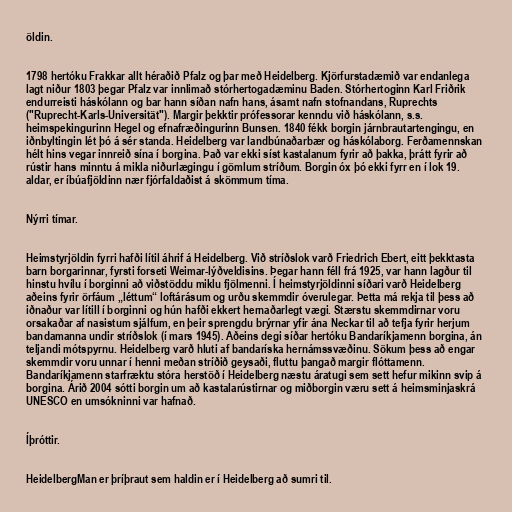
öldin.

1798 hertóku Frakkar allt héraðið Pfalz og þar með Heidelberg. Kjörfurstadæmið var endanlega
lagt niður 1803 þegar Pfalz var innlimað stórhertogadæminu Baden. Stórhertoginn Karl Friðrik
endurreisti háskólann og bar hann síðan nafn hans, ásamt nafn stofnandans, Ruprechts
("Ruprecht-Karls-Universität"). Margir þekktir prófessorar kenndu við háskólann, s.s.
heimspekingurinn Hegel og efnafræðingurinn Bunsen. 1840 fékk borgin járnbrautartengingu, en
iðnbyltingin lét þó á sér standa. Heidelberg var landbúnaðarbær og háskólaborg. Ferðamennskan
hélt hins vegar innreið sína í borgina. Það var ekki síst kastalanum fyrir að þakka, þrátt fyrir að
rústir hans minntu á mikla niðurlægingu í gömlum stríðum. Borgin óx þó ekki fyrr en í lok 19.
aldar, er íbúafjöldinn nær fjórfaldaðist á skömmum tíma.

Nýrri tímar.

Heimstyrjöldin fyrri hafði lítil áhrif á Heidelberg. Við stríðslok varð Friedrich Ebert, eitt þekktasta
barn borgarinnar, fyrsti forseti Weimar-lýðveldisins. Þegar hann féll frá 1925, var hann lagður til
hinstu hvílu í borginni að viðstöddu miklu fjölmenni. Í heimstyrjöldinni síðari varð Heidelberg
aðeins fyrir örfáum „léttum“ loftárásum og urðu skemmdir óverulegar. Þetta má rekja til þess að
iðnaður var lítill í borginni og hún hafði ekkert hernaðarlegt vægi. Stærstu skemmdirnar voru
orsakaðar af nasistum sjálfum, en þeir sprengdu brýrnar yfir ána Neckar til að tefja fyrir herjum
bandamanna undir stríðslok (í mars 1945). Aðeins degi síðar hertóku Bandaríkjamenn borgina, án
teljandi mótspyrnu. Heidelberg varð hluti af bandaríska hernámssvæðinu. Sökum þess að engar
skemmdir voru unnar í henni meðan stríðið geysaði, fluttu þangað margir flóttamenn.
Bandaríkjamenn starfræktu stóra herstöð í Heidelberg næstu áratugi sem sett hefur mikinn svip á
borgina. Árið 2004 sótti borgin um að kastalarústirnar og miðborgin væru sett á heimsminjaskrá
UNESCO en umsókninni var hafnað.

Íþróttir.

HeidelbergMan er þríþraut sem haldin er í Heidelberg að sumri til.